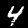
Digit: 4